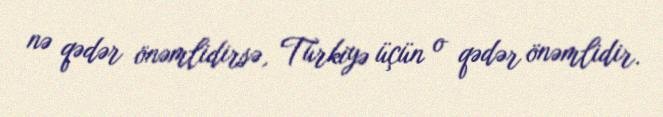
nə qədər önəmlidirsə, Türkiyə üçün o qədər önəmlidir.